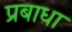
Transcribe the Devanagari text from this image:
प्रबाधा